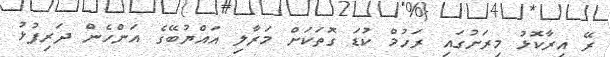
ރޭ އިރާކޮޅު މިރަށުގައި ރަހުމް ކުޑަ ގޮތަކަށް މަރާލި އައްޔުބޭގެ އަންހެން ދަރިފުޅު